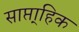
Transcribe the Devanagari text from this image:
साप्ता्हिक